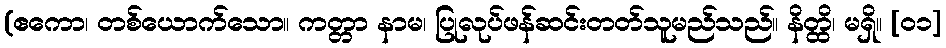
(ဧကော၊ တစ်ယောက်သော။ ကတ္တာ နာမ၊ ပြုလုပ်ဖန်ဆင်းတတ်သူမည်သည်။ နိတ္ထိ၊ မရှိ။ [၀၁]